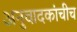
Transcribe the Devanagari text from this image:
अनुवादकांचीच